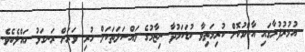
އުމުރުފުރާގައި އާންމުކޮށް ކުރިމަތިވާ ކުޑަކަމުދާ ނިޒާމުގެ މައްސަލަތަކަށް ހުރި ވަރަށް ރަނގަޅު ހައްލެކެވެ.